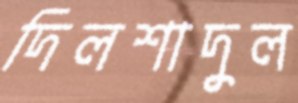
দিলশাদুল